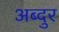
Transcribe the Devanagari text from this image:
अब्‍दुर